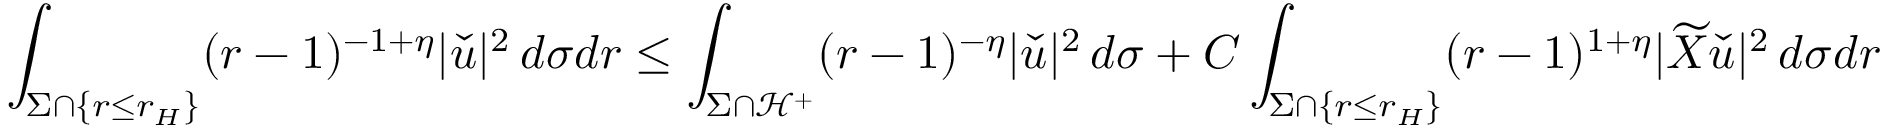
\int _ { \Sigma \cap \{ r \leq r _ { H } \} } ( r - 1 ) ^ { - 1 + \eta } | \check { u } | ^ { 2 } \, d \sigma d r \leq \int _ { \Sigma \cap \mathcal { H } ^ { + } } ( r - 1 ) ^ { - \eta } | \check { u } | ^ { 2 } \, d \sigma + C \int _ { \Sigma \cap \{ r \leq r _ { H } \} } ( r - 1 ) ^ { 1 + \eta } | \widetilde { X } \check { u } | ^ { 2 } \, d \sigma d r